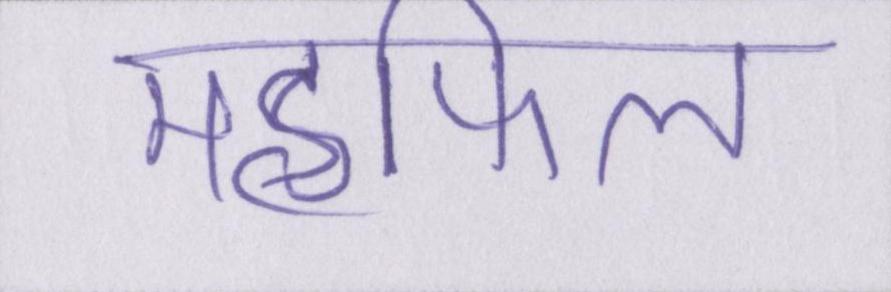
महफिल